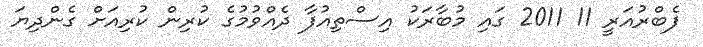
ފެބްރުއަރީ 11 2011 ގައި މުބާރަކު އިސްތިއުފާ ދެއްވުމުގެ ކުރިން ކުރިއަށް ގެންދިޔަ